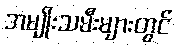
အမျိုးသမီးများတွင်